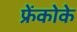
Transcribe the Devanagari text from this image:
फ्रेंकोके